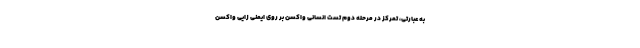
به عبارتی، تمرکز در مرحله دوم تست انسانی واکسن بر روی ایمنی زایی واکسن